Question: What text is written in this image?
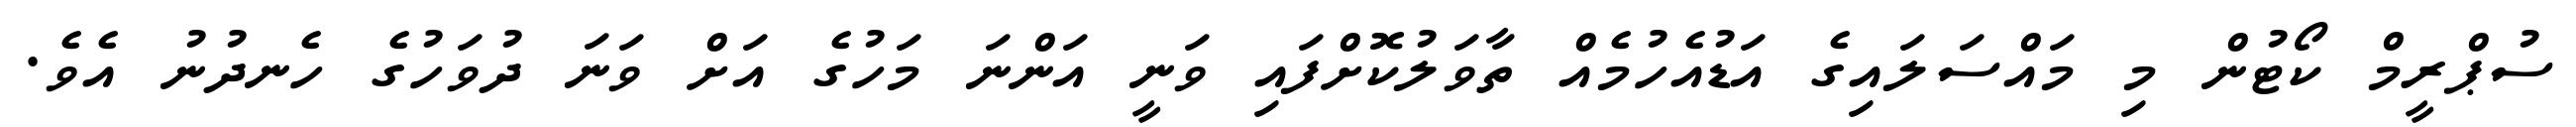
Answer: ސުޕްރީމް ކޯޓުން މި މައްސަލައިގެ އަޑުއެހުމެއް ތާވަލުކޮށްފައި ވަނީ އަންނަ މަހުގެ އަށް ވަނަ ދުވަހުގެ ހެނދުނު އެވެ.